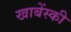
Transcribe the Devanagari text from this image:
खाबेंस्की